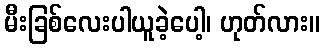
မီးခြစ်လေးပါယူခဲ့ပေါ့၊ ဟုတ်လား။